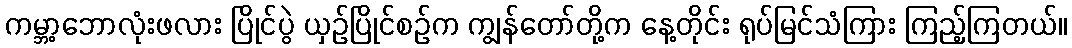
ကမ္ဘာ့ဘောလုံးဖလား ပြိုင်ပွဲ ယှဉ်ပြိုင်စဉ်က ကျွန်တော်တို့က နေ့တိုင်း ရုပ်မြင်သံကြား ကြည့်ကြတယ်။